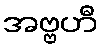
အဗ္ဗဟီ